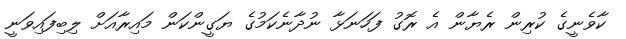
ކާވެނީގެ ކުރިން ރެޔާން އެ ރޮގު ފަހަނަޅާ ނުދާނެކަމުގެ ޔަގީންކަން މައިރާއަށް ލިބިފައިވަނީ